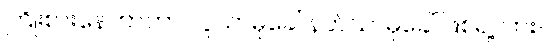
ကြိုးစားနေတာဟာ လူသာဓုခေါ် နတ်သာဓုခေါ် ဖြစ်ရဲ့လား။